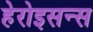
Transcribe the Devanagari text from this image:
हेरोइसन्स